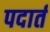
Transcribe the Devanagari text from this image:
पदार्त